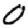
Digit: 0